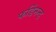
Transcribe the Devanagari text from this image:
फर्डिनन्ड